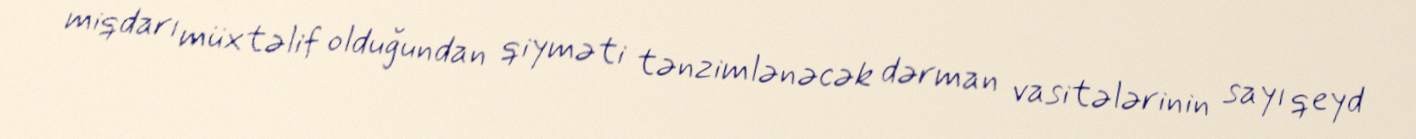
miqdarı müxtəlif olduğundan qiyməti tənzimlənəcək dərman vasitələrinin sayı qeyd